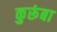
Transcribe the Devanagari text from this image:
कुरूंबा